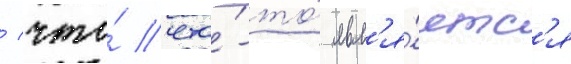
/ что́ что́-то́ явл'я́етс'я